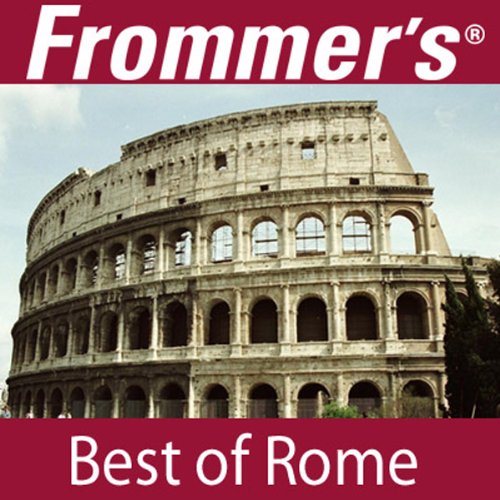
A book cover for Frommer's Best of Rome Audio Tour; Alexis Lipsitz Flippin; Travel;